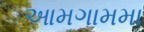
આમગામમા